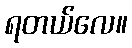
ရတယ်လေ။